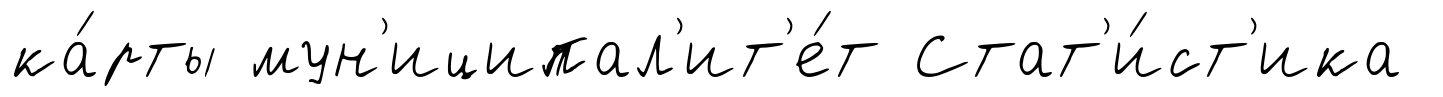
ка́рты мун'иципал'ит'е́т Стат'и́ст'ика